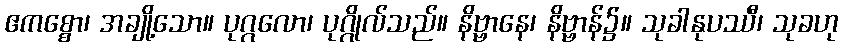
ဧကစ္စော၊ အချို့သော။ ပုဂ္ဂလော၊ ပုဂ္ဂိုလ်သည်။ နိဗ္ဗာနေ၊ နိဗ္ဗာန်၌။ သုခါနုပဿီ၊ သုခဟု